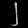
Digit: ၂